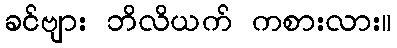
ခင်ဗျား ဘိလိယက် ကစားလား။